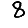
Digit: 8